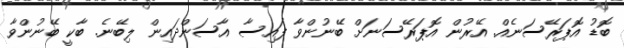
ބޮޑު އޮޕަރޭސަނެއް. އޭރުން އޮޕަރޭސަނަށް ބޭނުންވާ ފައިސާ އާސަންދައިން ލިބޭނެ. ބާކީ ބޭނުންވާ